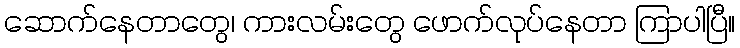
ဆောက်နေတာတွေ၊ ကားလမ်းတွေ ဖောက်လုပ်နေတာ ကြာပါပြီ။